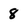
Character: 8